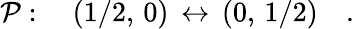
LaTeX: {\cal P}:\quad\left({1/2},\, 0\right)\, \leftrightarrow\, \left(0,\, {1/2}\right)\quad.